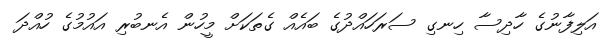
އަލިފާނުގެ ހާދިސާ ހިނގި ސަރަހައްދުގެ ބައެއް ގެތަކަށް މީހުން އެނބުރި އައުމުގެ ހުއްދަ